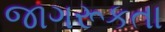
જાગરૂકતા